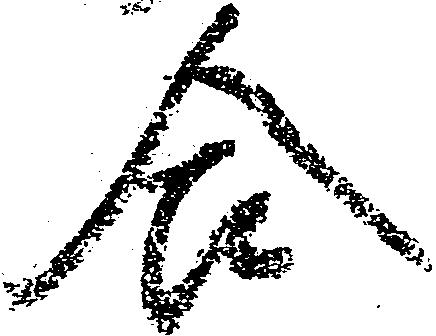
合